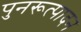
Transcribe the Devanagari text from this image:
पुनरूत्पादन